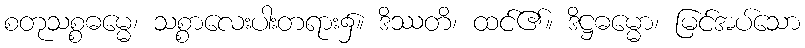
စတုသစ္စဓမ္မေ၊ သစ္စာလေးပါးတရား၌။ ဒိဿတိ၊ ထင်၏။ ဒိဋ္ဌဓမ္မော၊ မြင်အပ်သော